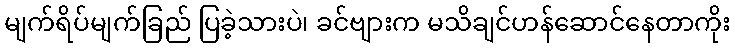
မျက်ရိပ်မျက်ခြည် ပြခဲ့သားပဲ၊ ခင်ဗျားက မသိချင်ဟန်ဆောင်နေတာကိုး